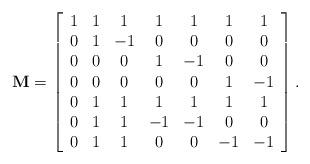
LaTeX: \begin{align*}\centering \mathbf{M}=\left[\begin{array}{ccccccc}1 & 1 & 1 & 1 & 1 & 1 & 1 \\0 & 1 & -1 & 0 & 0 & 0 & 0 \\0 & 0 & 0 & 1 & -1 & 0 & 0 \\0 & 0 & 0 & 0 & 0 & 1 & -1 \\0 & 1 & 1 & 1 & 1 & 1 & 1 \\0 & 1 & 1 & -1 & -1 & 0 & 0 \\0 & 1 & 1 & 0 & 0 & -1 & -1\end{array}\right].\end{align*}